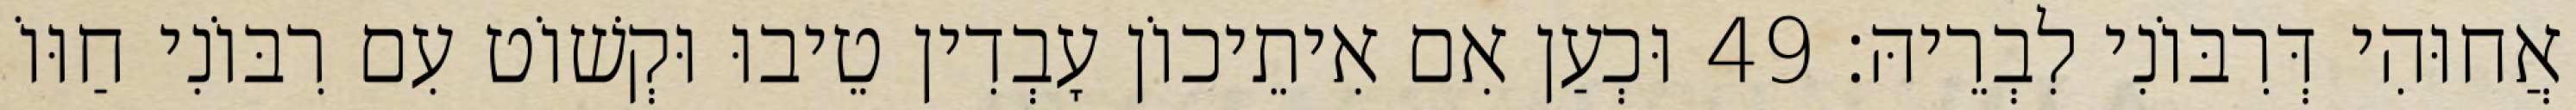
אֲחוּהִי דְּרִבּוֹנִי לִבְרֵיהּ׃ 49 וּכְעַן אִם אִיתֵיכוֹן עָבְדִין טֵיבוּ וּקְשׁוֹט עִם רִבּוֹנִי חַוּוֹ